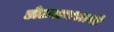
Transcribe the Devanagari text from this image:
डोळ्याजवळची